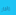
رادار